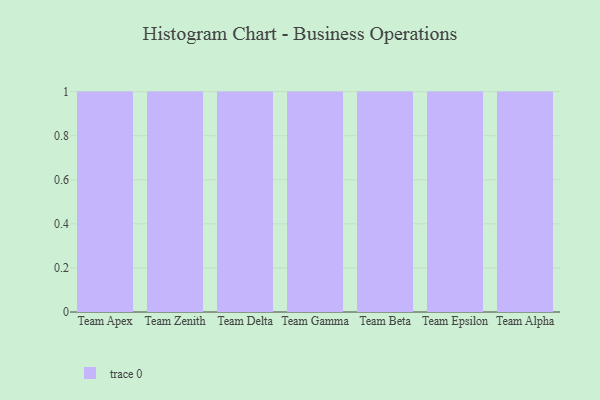
{"axis": {"x": "Team", "y": "Operating Costs (USD K)"}, "legend": [""], "data": [{"x": "Team Apex", "y": 72, "type": ""}, {"x": "Team Zenith", "y": 75, "type": ""}, {"x": "Team Delta", "y": 96, "type": ""}, {"x": "Team Gamma", "y": 69, "type": ""}, {"x": "Team Beta", "y": 97, "type": ""}, {"x": "Team Epsilon", "y": 23, "type": ""}, {"x": "Team Alpha", "y": 63, "type": ""}]}